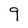
Character: 9